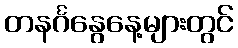
တနင်္ဂနွေနေ့များတွင်